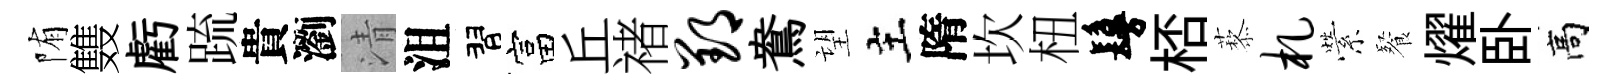
陏䨇虧䟽貴瀏清沮習富丘禇郢鴦望主隋坎杻鬘桮藜札縈餐燿卧高